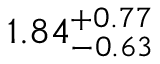
1 . 8 4 _ { - 0 . 6 3 } ^ { + 0 . 7 7 }